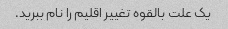
یک علت بالقوه تغییر اقلیم را نام ببرید.